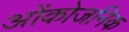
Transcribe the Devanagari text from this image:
ओंकोजनिक